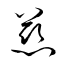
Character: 慈